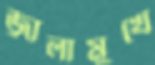
জ্বালামুখে